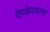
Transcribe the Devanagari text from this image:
वेगळेपणाचा